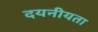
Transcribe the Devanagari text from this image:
दयनीयता